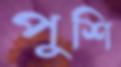
পুশি